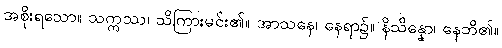
အစိုးရသော။ သက္ကဿ၊ သိကြားမင်း၏။ အာသနေ၊ နေရာ၌။ နိသိန္နော၊ နေဘိ၏။